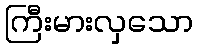
ကြီးမားလှသော